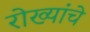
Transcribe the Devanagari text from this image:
रोख्यांचे